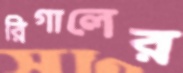
রিগালের